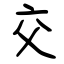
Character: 交